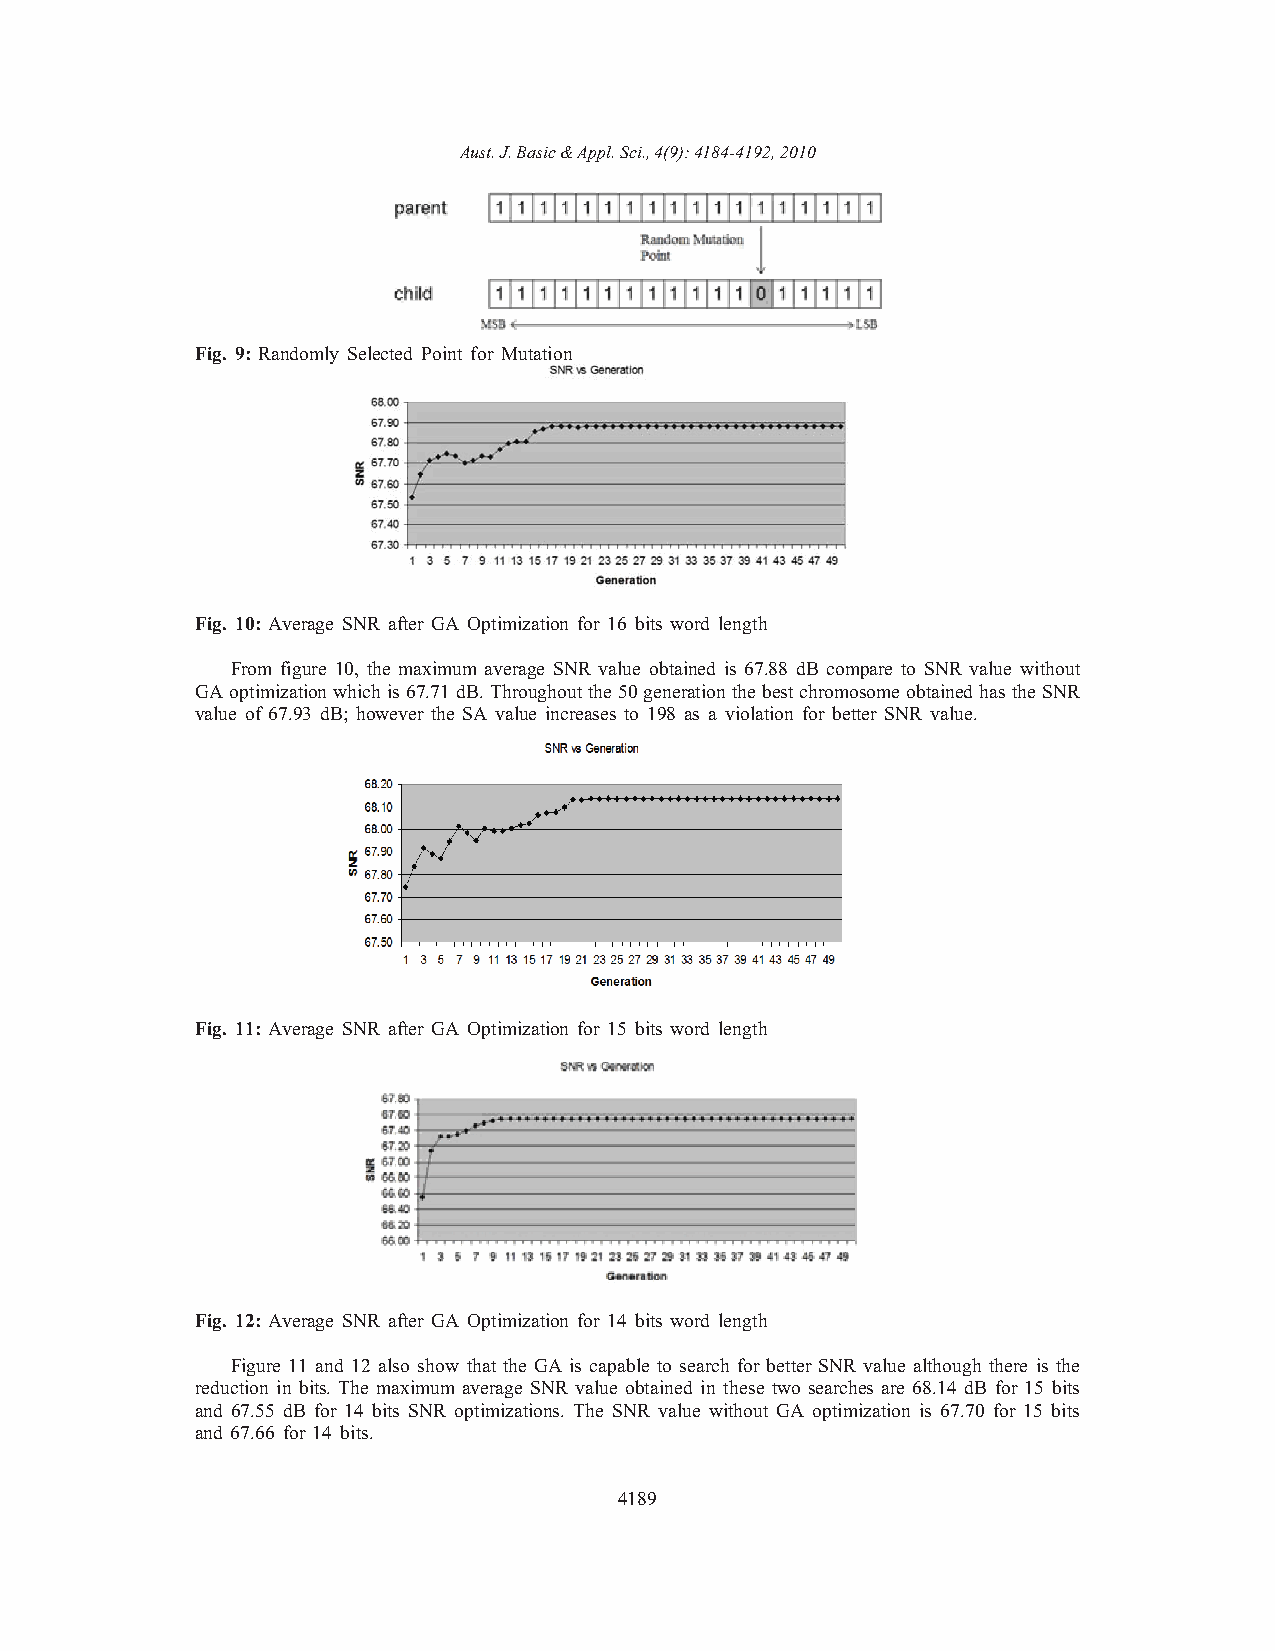
Aust. J. Basic & Appl. Sci., 4(9): 4184-4192, 2010
 Fig. 9: Randomly Selected Point for Mutation
 Fig. 10: Average SNR after GA Optimization for 16 bits word length
 From figure 10, the maximum average SNR value obtained is 67.88 dB compare to SNR value without
 GA optimization which is 67.71 dB. Throughout the 50 generation the best chromosome obtained has the SNR
 value of 67.93 dB; however the SA value increases to 198 as a violation for better SNR value.
 Fig. 11: Average SNR after GA Optimization for 15 bits word length
 Fig. 12: Average SNR after GA Optimization for 14 bits word length
 Figure 11 and 12 also show that the GA is capable to search for better SNR value although there is the
 reduction in bits. The maximum average SNR value obtained in these two searches are 68.14 dB for 15 bits
 and 67.55 dB for 14 bits SNR optimizations. The SNR value without GA optimization is 67.70 for 15 bits
 and 67.66 for 14 bits.
 4189